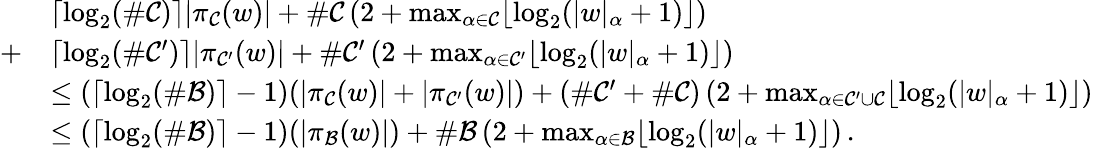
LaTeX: \begin{array}{rl}&{\lceil\log_{2}(\# \mathcal{C})\rceil|\pi_{\mathcal{C}}(w)|+\# \mathcal{C}\left(2+\operatorname*{max}_{\alpha\in\mathcal{C}}\lfloor\log_{2}(|w|_{\alpha}+1)\rfloor\right)}\\ {+}&{\lceil\log_{2}(\# \mathcal{C}^{\prime})\rceil|\pi_{\mathcal{C}^{\prime}}(w)|+\# \mathcal{C}^{\prime}\left(2+\operatorname*{max}_{\alpha\in\mathcal{C}^{\prime}}\lfloor\log_{2}(|w|_{\alpha}+1)\rfloor\right)}\\ &{\le(\lceil\log_{2}(\# \mathcal{B})\rceil-1)(|\pi_{\mathcal{C}}(w)|+|\pi_{\mathcal{C}^{\prime}}(w)|)+(\# \mathcal{C}^{\prime}+\# \mathcal{C})\left(2+\operatorname*{max}_{\alpha\in\mathcal{C}^{\prime}\cup\mathcal{C}}\lfloor\log_{2}(|w|_{\alpha}+1)\rfloor\right)}\\ &{\le(\lceil\log_{2}(\# \mathcal{B})\rceil-1)(|\pi_{\mathcal{B}}(w)|)+\# \mathcal{B}\left(2+\operatorname*{max}_{\alpha\in\mathcal{B}}\lfloor\log_{2}(|w|_{\alpha}+1)\rfloor\right)\, .}\end{array}